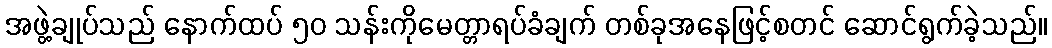
အဖွဲ့ချုပ်သည် နောက်ထပ် ၅၀ သန်းကိုမေတ္တာရပ်ခံချက် တစ်ခုအနေဖြင့်စတင် ဆောင်ရွက်ခဲ့သည်။